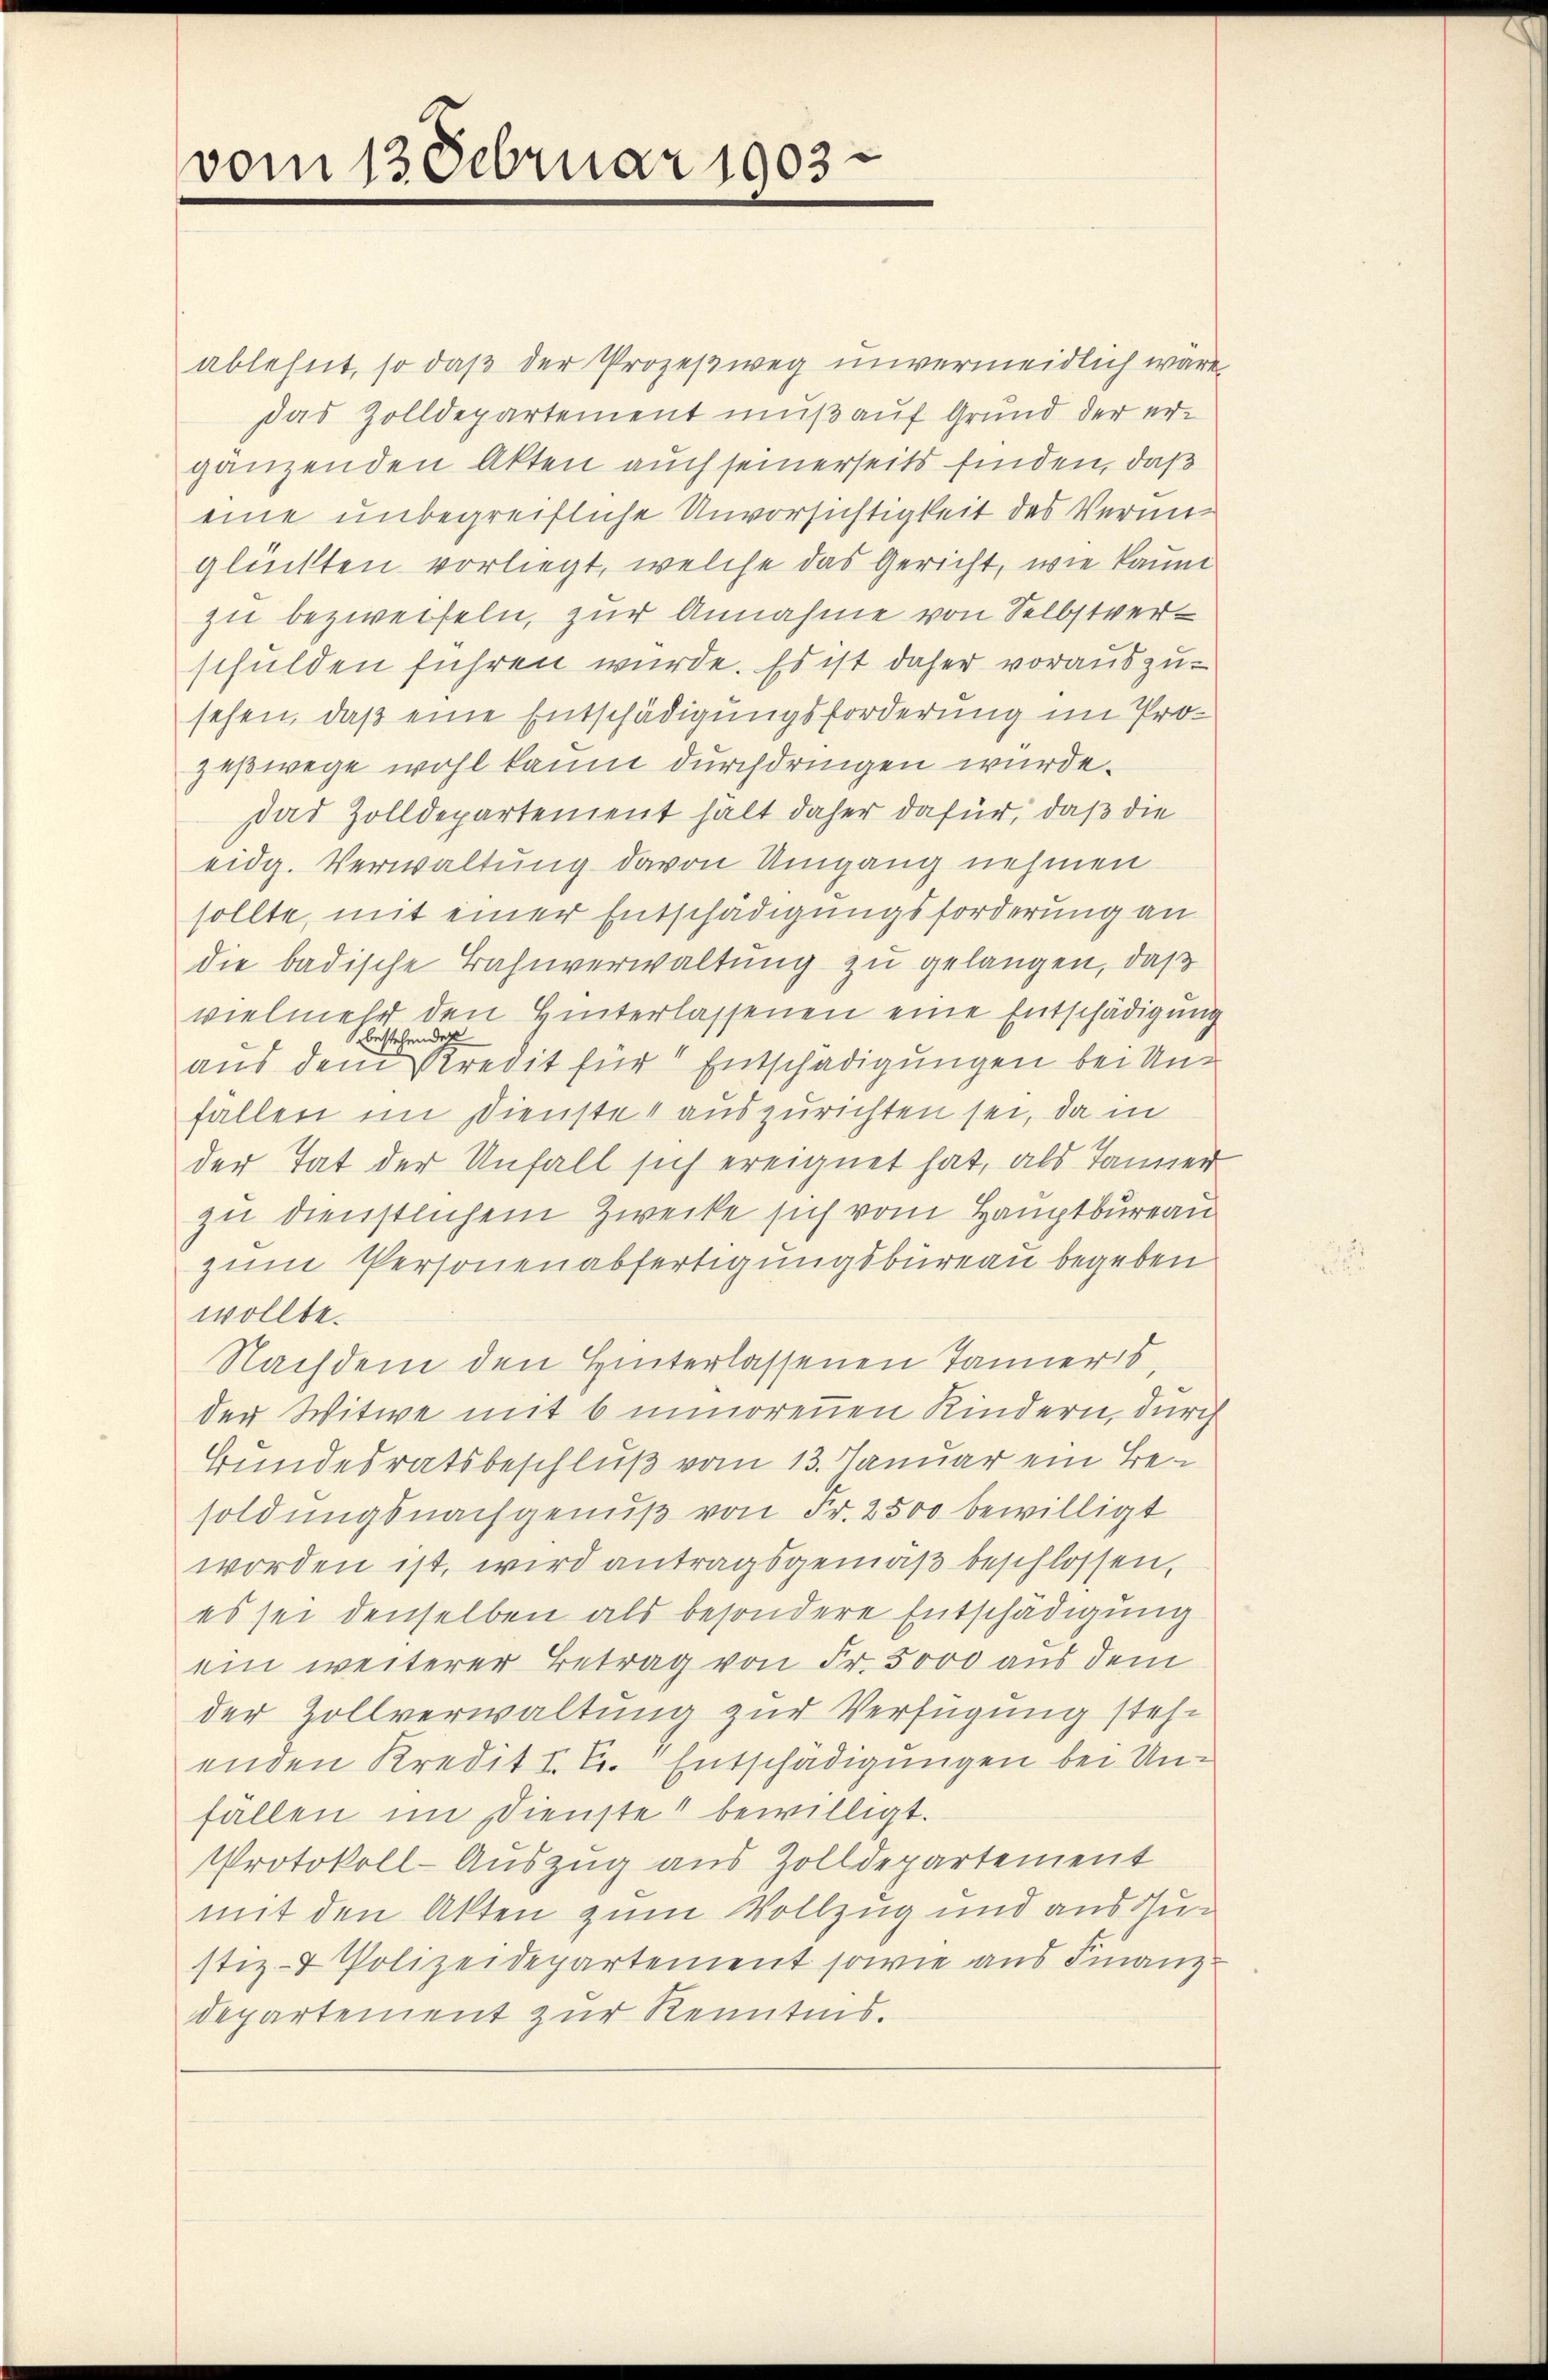
vom 13. Februar 1903

ablehnt, so daß der Prozeßweg unvermeidlich wäre,
das Zolldepartement muß auf Grund der ergänzenden Akten auch seinerseits finden, daß
eine unbegreifliche Unvorsichtigkeit des Vermiglückten vorliegt, welche das Gericht, wie kannt
zu bezweifeln, zur Annahme von Selbstverschulden führen würde. Es ist daher vorauszusehen, daß eine Entschädigungsforderung im Prozeßwege wohl kaum durchdringen wurde.
das Zolldepartement halt daher dafür, daß die
eidg. Verwaltung davon Umgang nehmen
sollte, mit einer Entschädigungsforderung an
die badische Bahnverwaltung zu gelangen, daß
vielmehr den Hinterlassenen eine Entschädigung
bestehender
aus dem Kredit für Entschädigungen bei Unfallen im Dienste auszurichten sei, da in
der Tat der Unfall sich ereignet hat, als Tanner
zu dienstlichem Zwecke sich vom Hauptbureau
zum Personenabfertigungsbüreau begeben
wollte.
Nachdem den Hinterlassenen Tanners,
der Witwe mit 6 inorenen Kindern, durch
Bundesratsbeschluß vom 13. Januar ein Besoldungsnachgenuß von Fr. 2500 bewilligt
worden ist, wird antragsgemäß beschlossen,
es sei denselben als besondere Entschädigung
ein weiterer Betrag von Fr. 5000 aus dem
der Zollverwaltung zur Verfügung stehe
enden Kredit I. C. Entschädigungen bei Unfällen im Dienste bewilligt.
Protokoll-Auszug aus Zolldepartement
mit den Akten zum Vollzug und aus dustiz- & Polizeidepartement sowie aus Finanz-
departement zur Kenntnis.